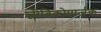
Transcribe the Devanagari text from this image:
जीविकोपार्जक